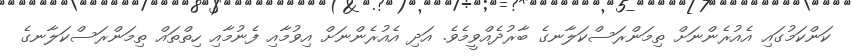
ކަންކަމުގައި އެއުރެންނަށް ތިމަންރަސްކަލާނގެ ބާރުދެއްވީމެވެ. އަދި އެއުރެންނަށް އިވުމާއި ފެނުމާއި ހިތްތައް ތިމަންރަސްކަލާނގެ